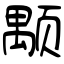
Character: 颙